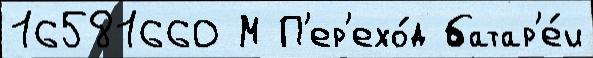
16581660 М П'ер'ехо́д батар'е́и